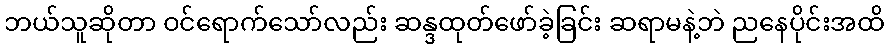
ဘယ်သူဆိုတာ ဝင်ရောက်သော်လည်း ဆန္ဒထုတ်ဖော်ခဲ့ခြင်း ဆရာမနဲ့ဘဲ ညနေပိုင်းအထိ